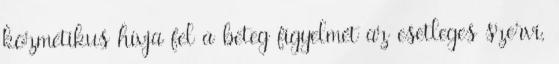
kozmetikus hívja fel a beteg figyelmét az esetleges szervi,